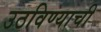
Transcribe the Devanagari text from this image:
उठविण्याची